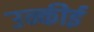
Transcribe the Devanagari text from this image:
उन्कीई